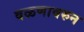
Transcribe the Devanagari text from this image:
वळणावरुन